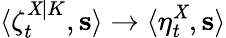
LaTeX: \langle\zeta_{t}^{\mathit{X}|K},\mathbf{{s}}\rangle\to\langle\eta_{t}^{\mathit{X}},\mathbf{{s}}\rangle